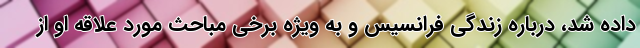
داده شد، درباره زندگی فرانسیس و به ویژه برخی مباحث مورد علاقه او از